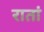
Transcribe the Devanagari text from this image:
रातां